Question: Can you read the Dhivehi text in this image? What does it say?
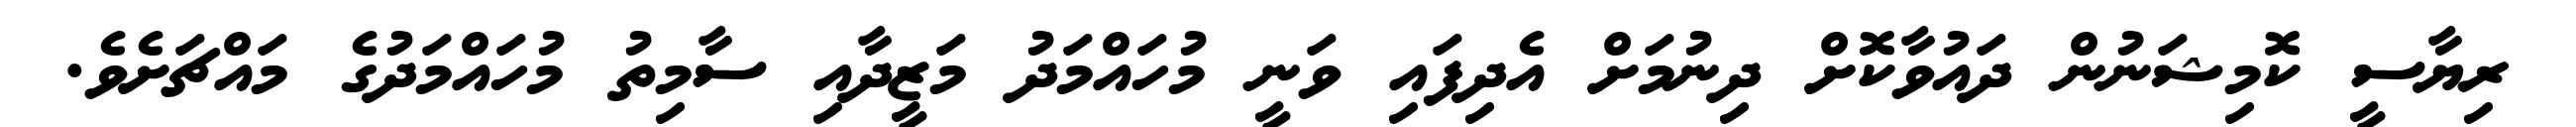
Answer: ރިޔާސީ ކޮމިޝަނުން ދައުވާކޮށް ދިނުމަށް އެދިފައި ވަނީ މުހައްމަދު މަޒީދާއި ސާމިތު މުހައްމަދުގެ މައްޗަށެވެ.